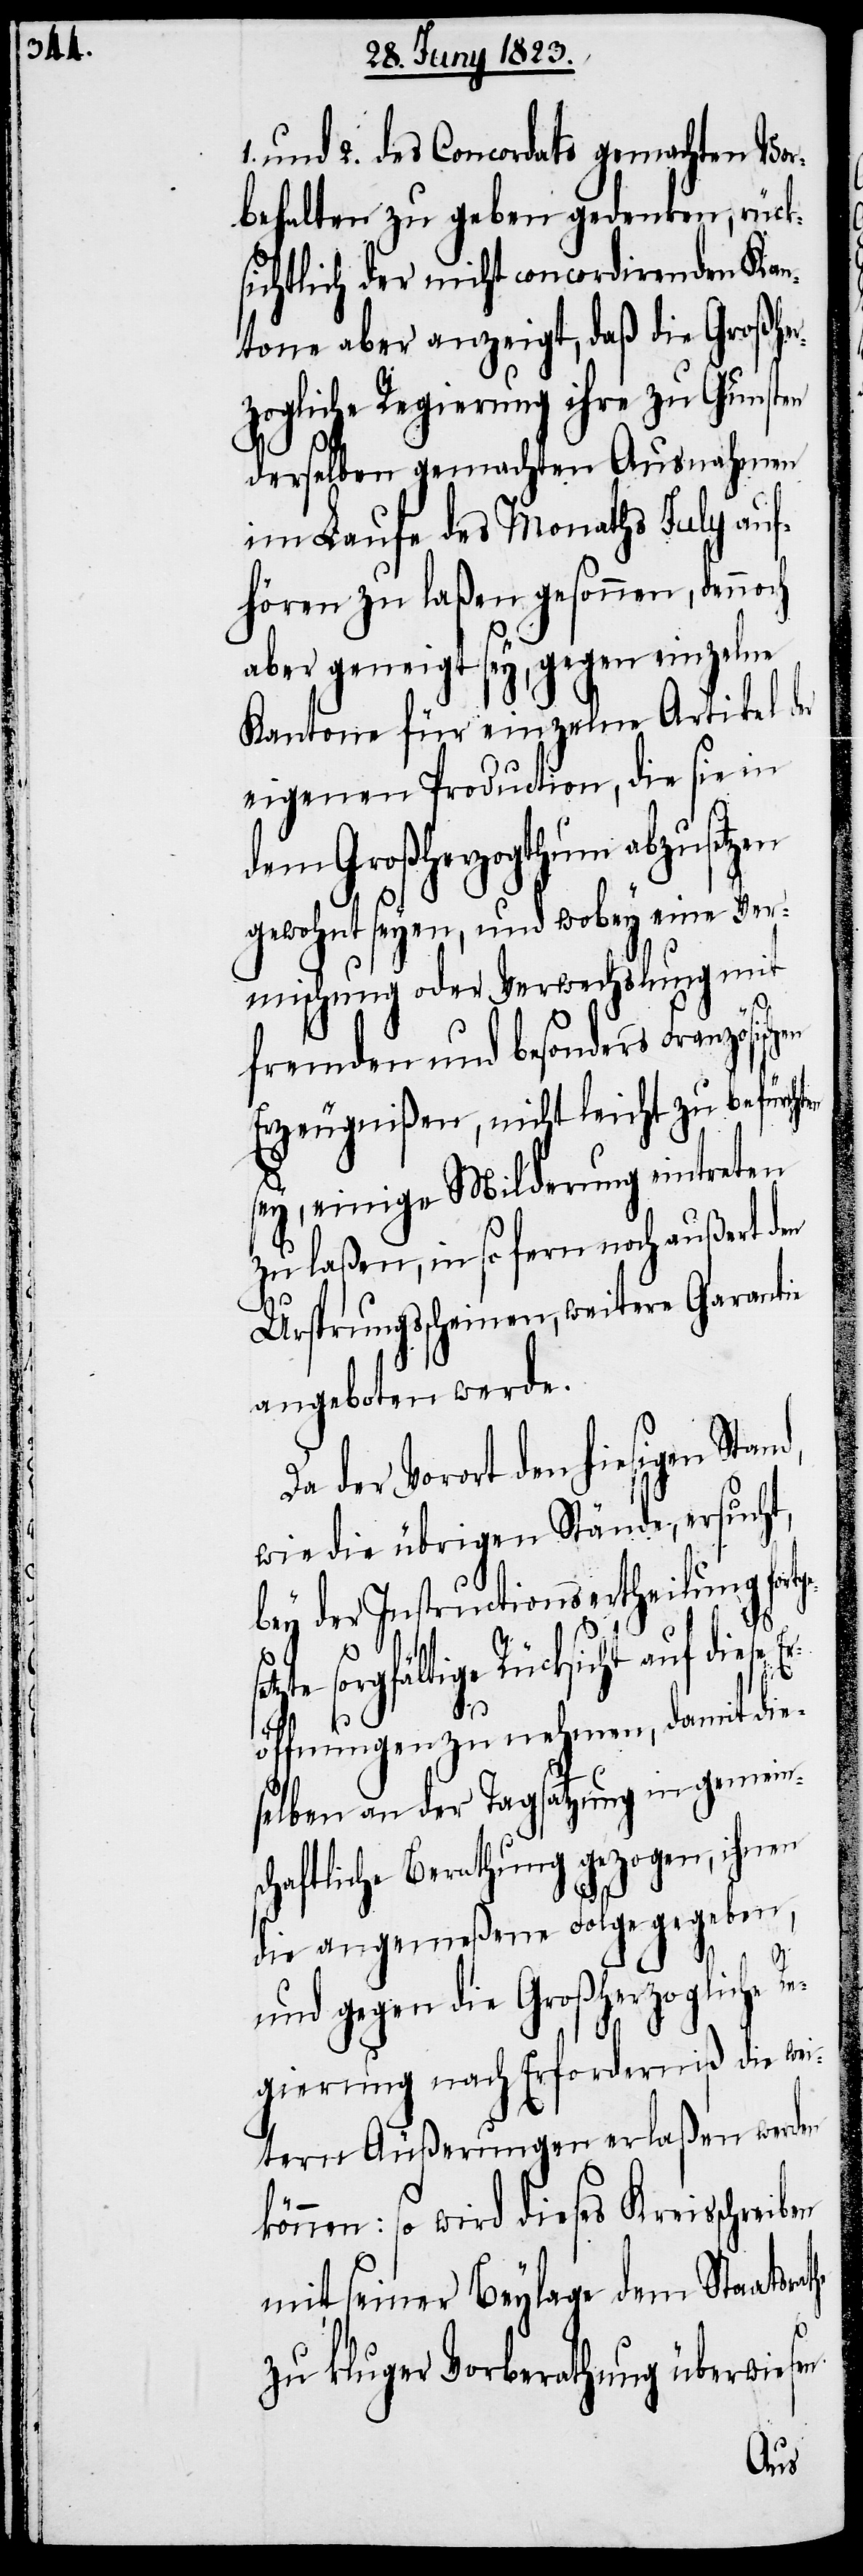
und 2. des Concordats gemachten Vor¬
behalten zu geben gedenken, rück¬
sichtlich der nicht concordirenden Kan¬
tone aber anzeigt, daß die Großher¬
zogliche Regierung ihre zu Gunsten
derselben gemachten Ausnahmen
im Laufe des Monaths July auf¬
hören zu laßen gesonnen, dennoch
aber geneigt sey, gegen einzelne
Kantone für einzelne Artikel der
eigenen Production, die sie in
dem Großherzogthum abzusetzen
gewohnt seyen, und wobey eine Ver¬
mischung oder Verwechslung mit
fremden und besonders Französisch¬
sey, einige Milderung eintreten
zu laßen, in so fern noch außert den
Ursprungsscheinen, weitere Garantie
angeboten werde.
der Vorort den hiesigen
wie die übrigen Stände, ersucht,
bey der Instructionsertheilung fortg¬
n.
es¬
etzte sorgfältige Rücksicht auf diese E¬
röffnungen zu nehmen, damit die¬
selben an der Tagsatzung in gemeins¬
chaftliche Berathung gezogen, ihnen
die angemeßene Folge gegeben,
und gegen die Großherzogliche Re¬
gierung nach Erforderniß die wei¬
tern Äußerungen erlaßen werden
können: so wird dieses Kreisschreiben
mit seiner Beylage dem Staatsr¬
zu kluger Vorberathung überwiese¬